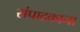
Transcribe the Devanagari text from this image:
संपादकाना